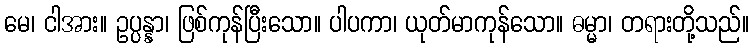
မေ၊ ငါအား။ ဥပ္ပန္နာ၊ ဖြစ်ကုန်ပြီးသော။ ပါပကာ၊ ယုတ်မာကုန်သော။ ဓမ္မာ၊ တရားတို့သည်။